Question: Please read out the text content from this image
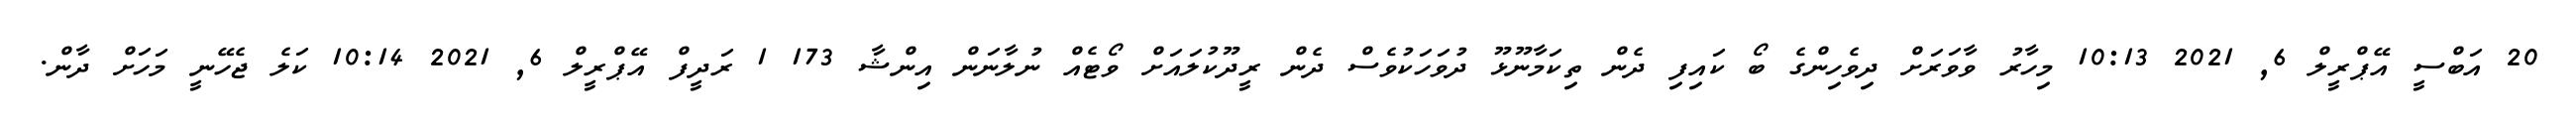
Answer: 20 އަބްސީ އޭޕްރީލް 6, 2021 10:13 މިހާރު ވާވަރަށް ދިވެހިންގެ ބޯ ކައިފި ދެން ތިކަމާނޫޅޫ ދުވަހަކުވެސް ދެން ރީދޫކުލައަށް ވޯޓެއް ނުލާނަން އިންޝާ 173 1 ރަދީފް އޭޕްރީލް 6, 2021 10:14 ކަލެ ޖެހޭނީ މަހަށް ދާން.